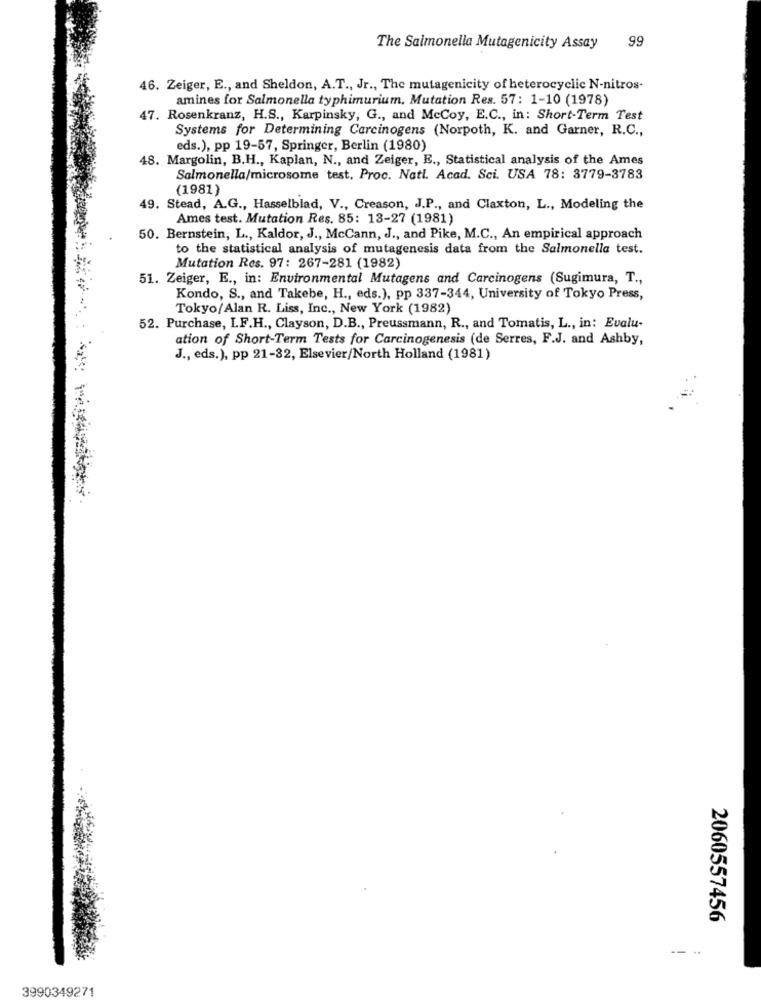
99
The Salmonella Mutagenicity Assay
46. Zeiger, E ., and Sheldon, A.T ., Jr ., The mutagenicity of heterocyclic N-nitros-
amines for Salmonella typhimurium, Mutation Res. 57: 1-10 (1978)
47. Rosenkranz, H.S ., Karpinsky, G ., and McCoy, E.C ., in: Short-Term Test
Systems for Determining Carcinogens (Norpoth, K. and Garner, R.C .,
eds.), pp 19-57, Springer, Berlin (1980)
48. Margolin, B.H ., Kaplan, N ., and Zeiger, E ., Statistical analysis of the Ames
Salmonella/microsome test. Proc. Natl. Acad. Sci. USA 78: 3779-3783
(1981)
49. Stead, A.G ., Hasselblad, V ., Creason, J.P ., and Claxton, L ., Modeling the
Ames test. Mutation Res. 85: 13-27 (1981)
50. Bernstein, L ., Kaldor, J ., McCann, J ., and Pike, M.C ., An empirical approach
to the statistical analysis of mutagenesis data from the Salmonella test.
Mutation Res. 97: 267-281 (1982)
51. Zeiger, E ., in: Environmental Mutagens and Carcinogens (Sugimura, T .,
Kondo, S ., and Takebe, H ., eds.), pp 337-344, University of Tokyo Press,
Tokyo/Alan R. Liss, Inc ., New York (1982)
52. Purchase, LF.H ., Clayson, D.B ., Preussmann, R ., and Tomatis, L ., in: Evalu-
ation of Short-Term Tests for Carcinogenesis (de Serres, F.J. and Ashby,
J ., eds.), pp 21-32, Elsevier/North Holland (1981)
2060557456
-- .
3990349271